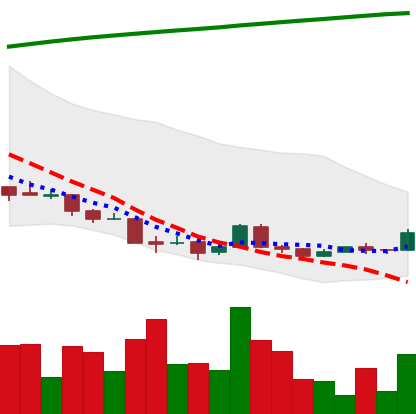
Ticker: XRP-USD
Chart end date: 2018-04-11
Forward return: 22.945%
Label: up_7plus